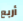
أربع